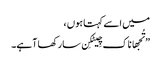
میں اسے کہتا ہوں ،
” تُجھا ناک چِیٹکِن سارکھا آہے۔